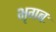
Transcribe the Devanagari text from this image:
भृगबः